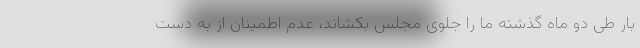
بار طی دو ماه گذشته ما را جلوی مجلس بکشاند، عدم اطمینان از به دست